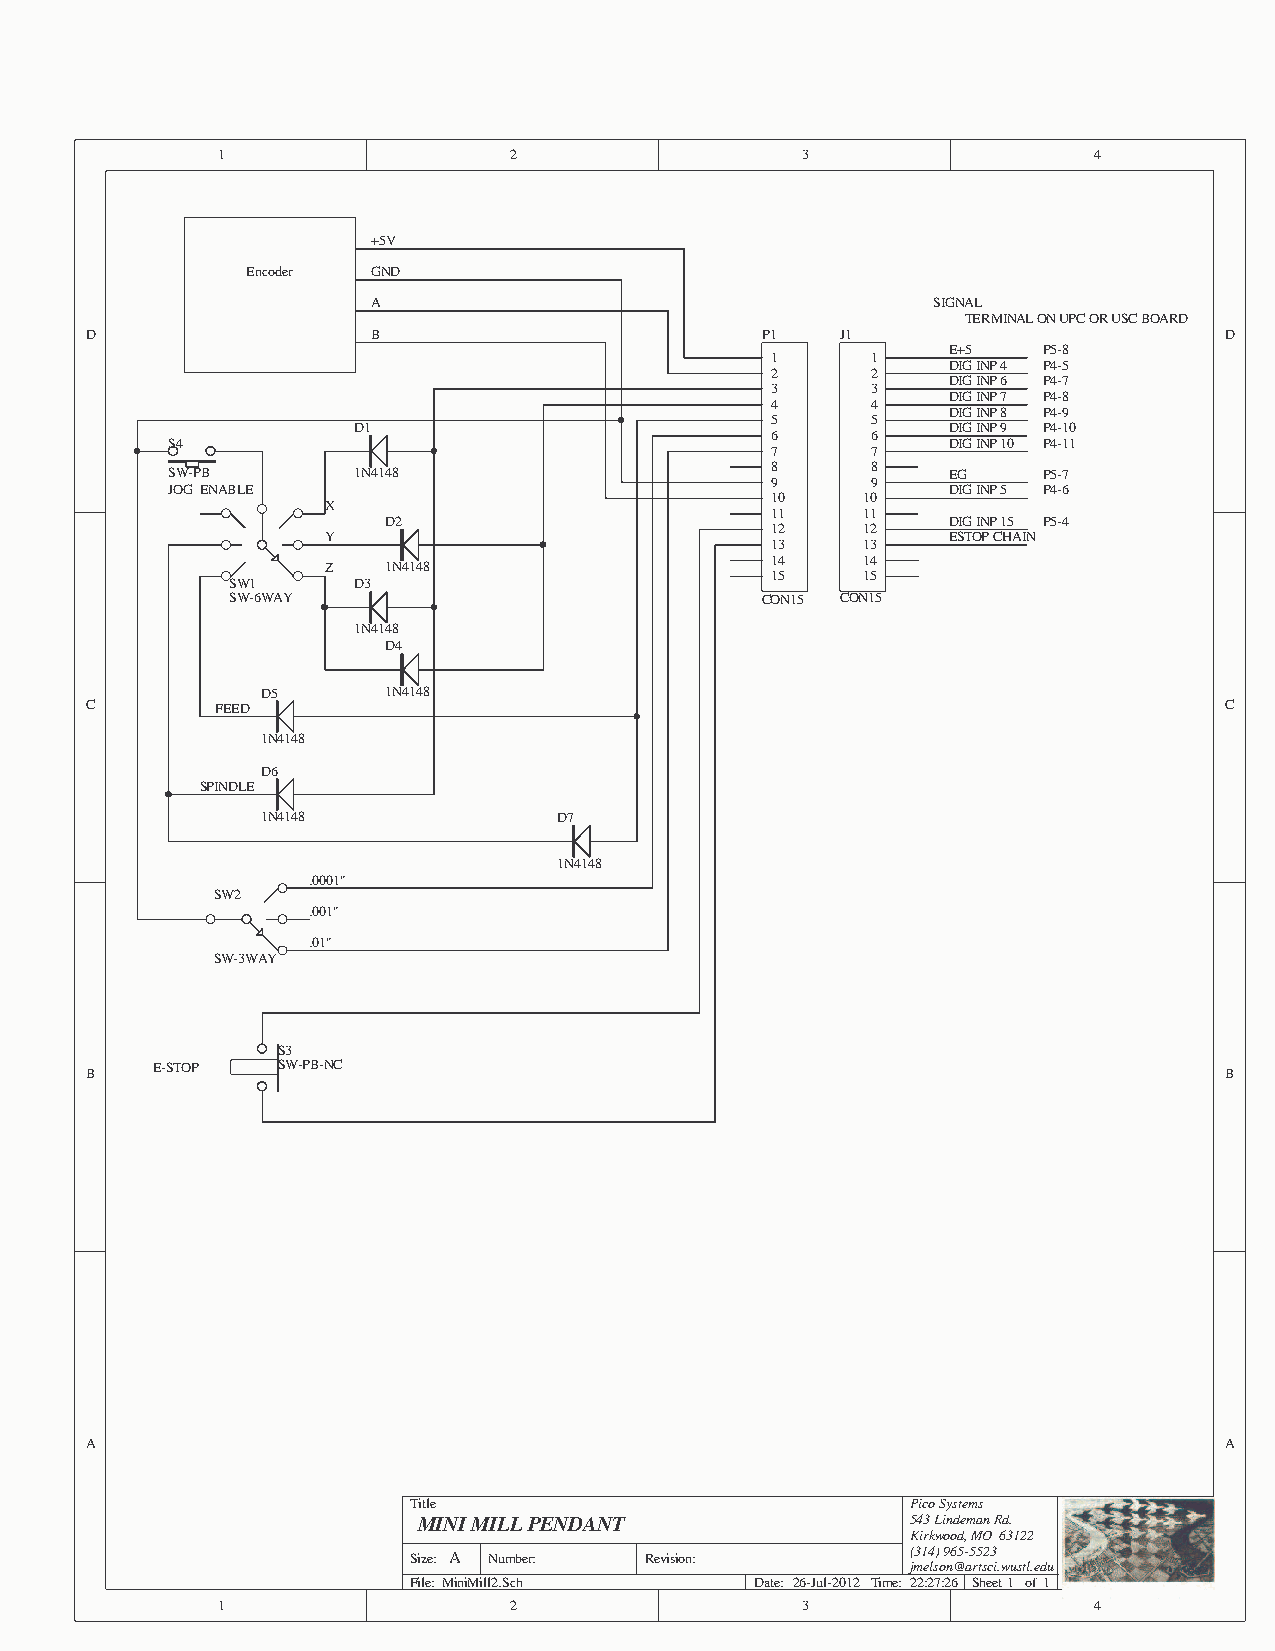
1                   2                  3                  4
 +5V
 Encoder  GND
 A                                    SIGNAL
 TERMINAL ON UPC OR USC BOARD
 D                  B                        P1    J1                       D
 E+5   P5-8
 1      1
 DIG INP 4 P4-5
 2      2
 DIG INP 6 P4-7
 3      3
 DIG INP 7 P4-8
 4      4
 DIG INP 8 P4-9
 5      5
 D1                                      DIG INP 9 P4-10
 6      6
 S4                                                  DIG INP 10 P4-11
 7      7
 SW-PB       1N4148                      8      8    EG    P5-7
 9      9
 JOG ENABLE                                          DIG INP 5 P4-6
 10    10
 X
 11    11
 D2                                   DIG INP 15 P5-4
 12    12
 Y                                        ESTOP CHAIN
 13    13
 Z   1N4148                   14    14
 15    15
 SW1     D3
 SW-6WAY                            CON15 CON15
 1N4148
 D4
 D5       1N4148
 C       FEED                                                               C
 1N4148
 D6
 SPINDLE
 1N4148              D7
 1N4148
 .0001"
 SW2
 .001"
 .01"
 SW-3WAY
 S3
 E-STOP  SW-PB-NC
 B                                                                          B
 A                                                                          A
 Title                            Pico Systems
 MINI MILL PENDANT               543 Lindeman Rd.
 Kirkwood, MO 63122
 Size: A Number: Revision:        (314) 965-5523
 jmelson@artsci.wustl.edu
 File: MiniMill2.Sch    Date: 26-Jul-2012 Time: 22:27:26 Sheet1 of1
 1                   2                  3                  4